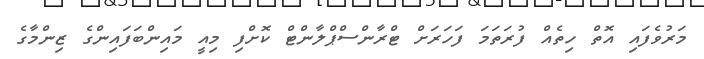
މަރުވެފައި އޮތް ހިތެއް ފުރަތަމަ ފަހަރަށް ޓްރާންސްޕްލާންޓް ކޮށްފި މިއީ މައިންބަފައިންގެ ޒިންމާގެ